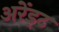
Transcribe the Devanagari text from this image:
अरेंड्ट